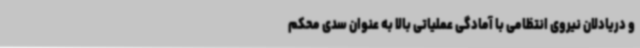
و دریادلان نیروی انتظامی با آمادگی عملیاتی بالا به عنوان سدی محکم